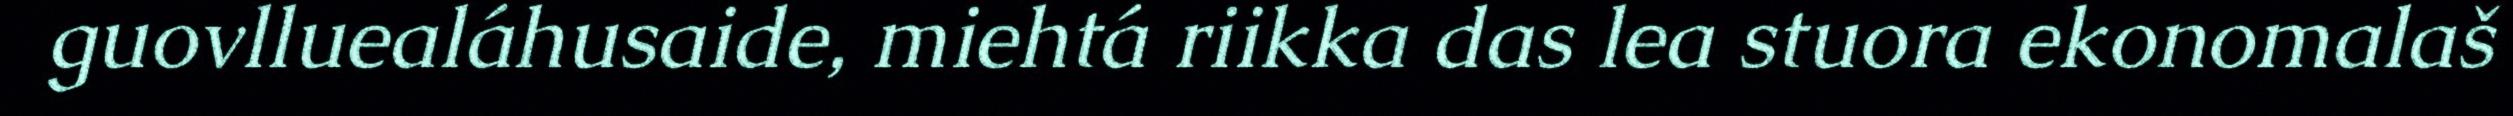
guovlluealáhusaide, miehtá riikka das lea stuora ekonomalaš